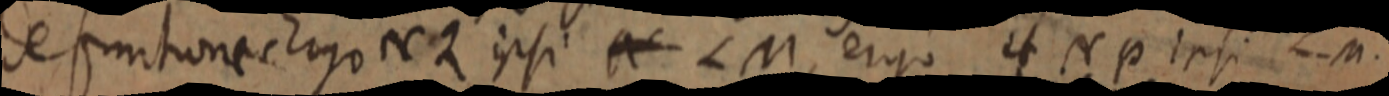
definitiones Ergo N 2 ipsi N LM, ergo et Np ipsi LM.